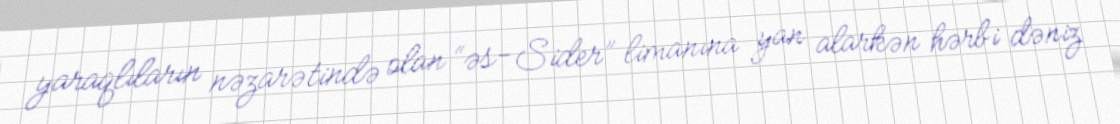
yaraqlıların nəzarətində olan “əs-Sider” limanına yan alarkən hərbi dəniz